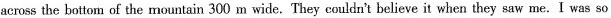
across the bottom of the mountain 300 m wide. They couldn't believe it when they saw me.I was so